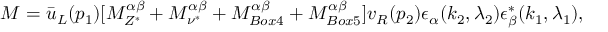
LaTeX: { \cal M } = \bar { u } _ { L } ( p _ { 1 } ) [ { \cal M } _ { Z ^ { * } } ^ { \alpha \beta } + { \cal M } _ { \nu ^ { * } } ^ { \alpha \beta } + { \cal M } _ { B o x 4 } ^ { \alpha \beta } + { \cal M } _ { B o x 5 } ^ { \alpha \beta } ] v _ { R } ( p _ { 2 } ) { \epsilon } _ { \alpha } ( k _ { 2 } , { \lambda } _ { 2 } ) { \epsilon } _ { \beta } ^ { * } ( k _ { 1 } , { \lambda } _ { 1 } ) , \protect \,